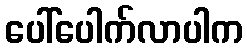
ပေါ်ပေါက်လာပါက